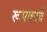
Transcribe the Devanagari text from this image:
रूपकाचे